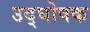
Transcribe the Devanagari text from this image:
उद्‍घोषक